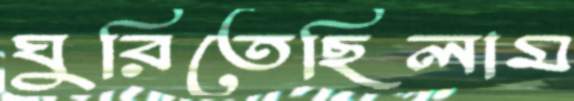
ঘুরিতেছিলাম